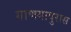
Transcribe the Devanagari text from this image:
गाणगापुरास